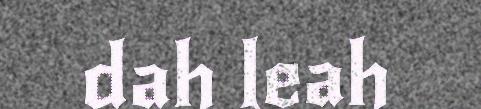
dah leah